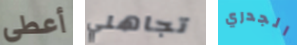
أعطى تجاهلي الجدري